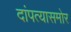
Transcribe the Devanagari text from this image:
दांपत्यासमोर